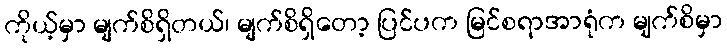
ကိုယ့်မှာ မျက်စိရှိတယ်၊ မျက်စိရှိတော့ ပြင်ပက မြင်စရာအာရုံက မျက်စိမှာ